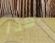
لهذا